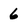
Character: 6